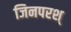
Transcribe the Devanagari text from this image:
जिनपरश्